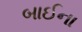
બાઈના